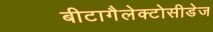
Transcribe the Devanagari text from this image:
बीटागैलेक्टोसीडेज